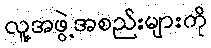
လူ့အဖွဲ့အစည်းများကို